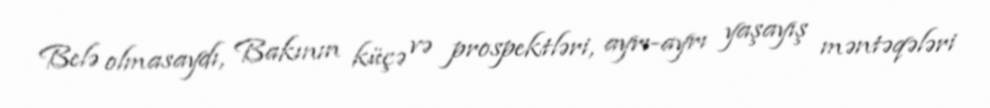
Belə olmasaydı, Bakının küçə və prospektləri, ayrı-ayrı yaşayış məntəqələri